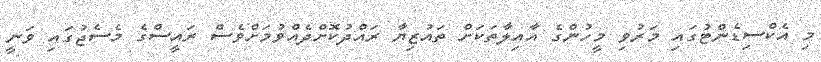
މި އެކްސިޑެންޓުގައި މަރުވި މީހުންގެ އާއިލާތަކަށް ތައުޒިޔާ ރައްދުކޮށްދެއްވުމަށްވެސް ރައީސްގެ މެސެޖުގައި ވަނީ